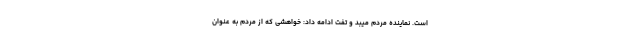
است. نماینده مردم میبد و تفت ادامه داد: خواهشی که از مردم به عنوان